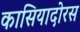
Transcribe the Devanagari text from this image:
कासियादोरस